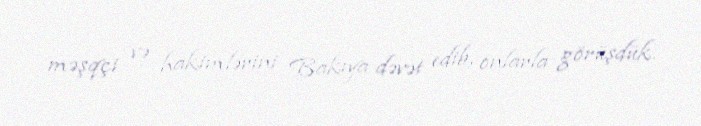
məşqçi və hakimlərini Bakıya dəvət edib, onlarla görüşdük.